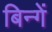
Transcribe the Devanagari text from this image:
बिन्गें